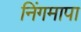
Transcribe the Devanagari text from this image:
निंगमापा